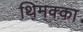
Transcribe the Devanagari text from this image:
थिमक्का